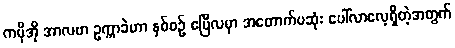
ကမိုအို အာလဗာ ဥက္ကာခဲဟာ နှစ်စဉ် ဧပြီလမှာ အတောက်ပဆုံး ပေါ်လာလေ့ရှိတဲ့အတွက်